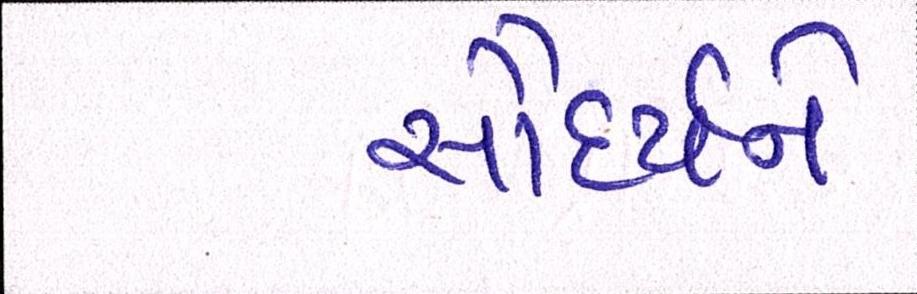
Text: સૌદર્યને